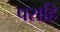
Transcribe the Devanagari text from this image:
पराहि